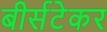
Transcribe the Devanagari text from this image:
बीर्सटेकर